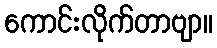
ကောင်းလိုက်တာဗျာ။